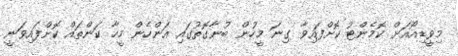
މިވީޑިއޯއަށް ކޮމެންޓު ކޮށްފައިވާ ގިނަ މީހުން ބުނާގޮތުގައި އަންހެން މީހާ ކަންތައް ކޮށްފައިވަނީ